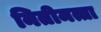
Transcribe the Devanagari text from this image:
नितीमत्ता